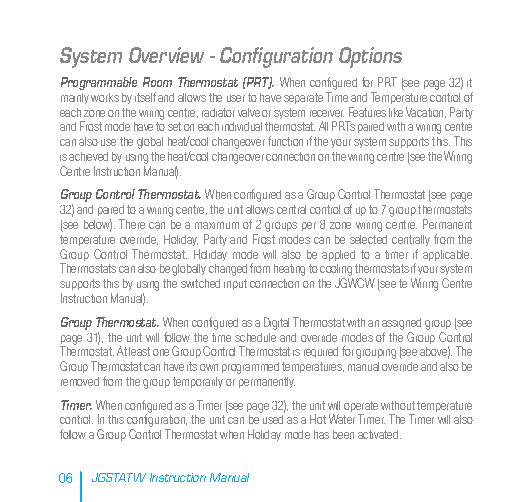
System Overview - Configuration Options
 Programmable Room Thermostat (PRT).When configured for PRT (see page 32) it
 mainly works by itself and allows the user to have separate Time and Temperature control of
 each zone on the wiring centre, radiator valve or system receiver. Features like Vacation, Party
 and Frost mode have to set on each individual thermostat. All PRTs paired with a wiring centre
 can also use the global heat/cool changeover function if the your system supports this. This
 is achieved by using the heat/cool changeover connection on the wiring centre (see the Wiring
 Centre Instruction Manual).
 Group Control Thermostat. When configured as a Group Control Thermostat (see page
 32) and paired to a wiring centre, the unit allows central control of up to 7 group thermostats
 (see below). There can be a maximum of 2 groups per 8 zone wiring centre. Permanent
 temperature override, Holiday, Party and Frost modes can be selected centrally from the
 Group Control Thermostat. Holiday mode will also be applied to a timer if applicable.
 Thermostats can also be globally changed from heating to cooling thermostats if your system
 supports this by using the switched input connection on the JGWCW (see te Wiring Centre
 Instruction Manual).
 Group Thermostat. When configured as a Digital Thermostat with an assigned group (see
 page 31), the unit will follow the time schedule and override modes of the Group Control
 Thermostat. At least one Group Control Thermostat is required for grouping (see above). The
 Group Thermostat can have its own programmed temperatures, manual override and also be
 removed from the group temporarily or permanently.
 Timer. When configured as a Timer (see page 32), the unit will operate without temperature
 control. In this configuration, the unit can be used as a Hot Water Timer. The Timer will also
 follow a Group Control Thermostat when Holiday mode has been activated.
 06 JGSTATW Instruction Manual